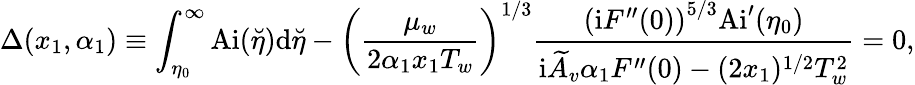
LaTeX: \Delta(x_{1},\alpha_{1})\equiv\int_{\eta_{0}}^{\infty}\mathrm{Ai}(\breve{\eta})\mathrm{d}\breve{\eta}-\left(\frac{\mu_{w}}{2\alpha_{1}x_{1}T_{w}}\right)^{1/3}\frac{\left(\mathrm{i}F^{\prime\prime}(0)\right)^{5/3}\mathrm{Ai}^{\prime}(\eta_{0})}{\mathrm{i}\widetilde A_{v}\alpha_{1}F^{\prime\prime}(0)-(2x_{1})^{1/2}T_{w}^{2}}=0,